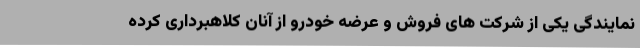
نمایندگی یکی از شرکت های فروش و عرضه خودرو از آنان کلاهبرداری کرده